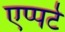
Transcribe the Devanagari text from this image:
एप्पर्ट